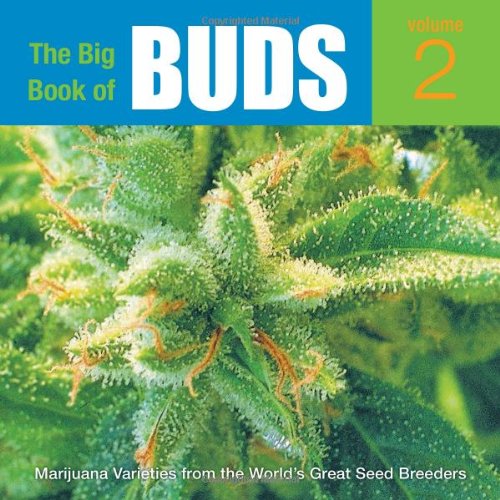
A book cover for The Big Book of Buds, Vol. 2: More Marijuana Varieties from the World's Great Seed Breeders; Ed Rosenthal; Science & Math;